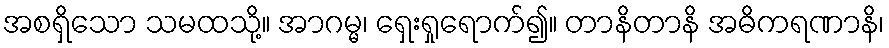
အစရှိသော သမထသို့။ အာဂမ္မ၊ ရှေးရှုရောက်၍။ တာနိတာနိ အဓိကရဏာနိ၊